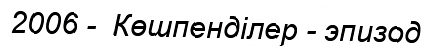
2006 -  Көшпенділер - эпизод